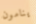
ينامون